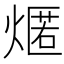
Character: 𤎐